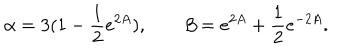
{ \alpha = 3 ( 1 - \frac { 1 } { 2 } e ^ { 2 A } ) , \qquad \beta = e ^ { 2 A } + \frac { 1 } { 2 } e ^ { - 2 A } . }